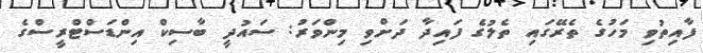
ފާއިތުވި މަހުގެ ތެރޭގައި ތެލުގެ ފައިދާ ދަށްވި މިންވަރު: ސައުދީ ބާސިކް އިންޑަސްޓްރީސްގެ